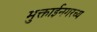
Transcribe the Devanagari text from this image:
मुक्ताईनगरच्य